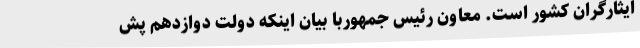
ایثارگران کشور است. معاون رئیس جمهوربا بیان اینکه دولت دوازدهم پش